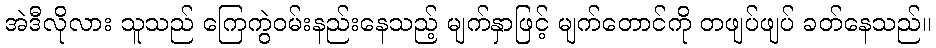
အဲဒီလိုလား သူသည် ကြေကွဲဝမ်းနည်းနေသည့် မျက်နှာဖြင့် မျက်တောင်ကို တဖျပ်ဖျပ် ခတ်နေသည်။